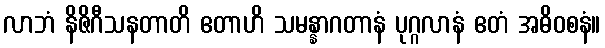
လာဘံ နိဇိဂီသနတာတိ ဧတာဟိ သမန္နာဂတာနံ ပုဂ္ဂလာနံ ဧတံ အဓိဝစနံ။